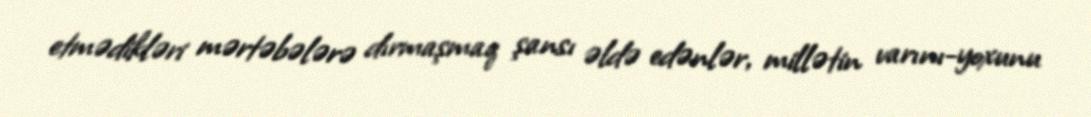
etmədikləri mərtəbələrə dırmaşmaq şansı əldə edənlər, millətin varını-yoxunu